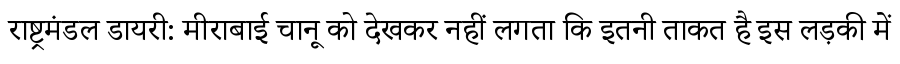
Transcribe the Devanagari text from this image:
राष्ट्रमंडल डायरी: मीराबाई चानू को देखकर नहीं लगता कि इतनी ताकत है इस लड़की में